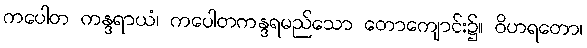
ကပေါတ ကန္ဒရာယံ၊ ကပေါတကန္ဒရမည်သော တောကျောင်း၌။ ဝိဟရတော၊